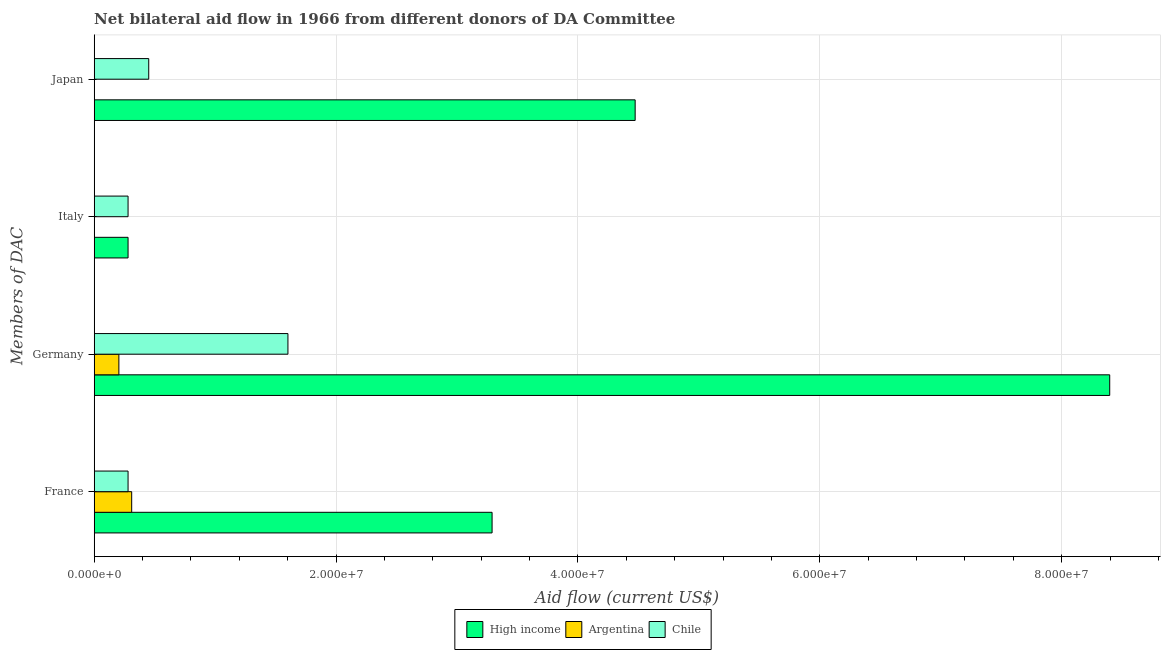
| Members of DAC | High income | Argentina | Chile |
 | --- | --- | --- | --- |
 | France | 3.29e+07 | 3.1e+06 | 2.8e+06 |
 | Germany | 8.4e+07 | 2.04e+06 | 1.6e+07 |
 | Italy | 2.8e+06 | -2.41e+07 | 2.8e+06 |
 | Japan | 4.47e+07 | 2e+04 | 4.51e+06 |